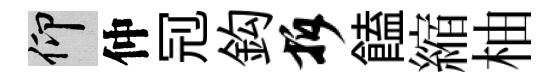
仰仲𠜍鈎拆饁縮柚